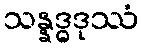
သန္နဒ္ဓဒုဿံ